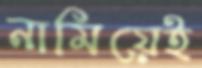
নামিয়েই